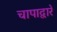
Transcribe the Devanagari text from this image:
चापाद्वारे